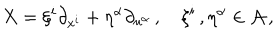
LaTeX: X = \xi ^ { i } \partial _ { x ^ { i } } + \eta ^ { \alpha } \partial _ { u ^ { \alpha } } \, , \quad \xi ^ { i } \, , \eta ^ { \alpha } \in \cal { A } \, ,